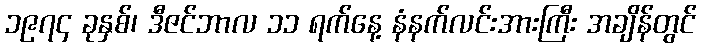
၁၉၇၄ ခုနှစ်၊ ဒီဇင်ဘာလ ၁၁ ရက်နေ့ နံနက်လင်းအားကြီး အချိန်တွင်